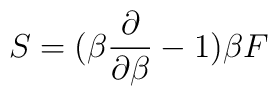
S=(\beta{\partial\over\partial\beta}-1)\beta F